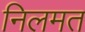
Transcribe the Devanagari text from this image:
निलमत